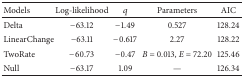
| Models | Log-likelihood | q | Parameters | AIC |
 | --- | --- | --- | --- | --- |
 | Delta | −63.12 | −1.49 | 0.527 | 128.24 |
 | LinearChange | −63.11 | −0.617 | 2.27 | 128.22 |
 | TwoRate | −60.73 | −0.47 | B = 0.013, E = 72.20 | 125.46 |
 | Null | −63.17 | 1.09 | — | 126.34 |